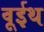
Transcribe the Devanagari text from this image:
वूईथ